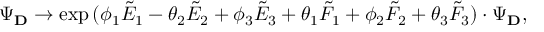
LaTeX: \Psi _ { \bf D } \rightarrow \exp { ( \phi _ { 1 } { \tilde { E } } _ { 1 } - \theta _ { 2 } { \tilde { E } } _ { 2 } + \phi _ { 3 } { \tilde { E } } _ { 3 } + \theta _ { 1 } { \tilde { F } } _ { 1 } + \phi _ { 2 } { \tilde { F } } _ { 2 } + \theta _ { 3 } { \tilde { F } } _ { 3 } ) } \cdot \Psi _ { \bf D } ,